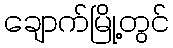
ချောက်မြို့တွင်